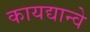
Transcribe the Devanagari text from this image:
कायद्यान्वे